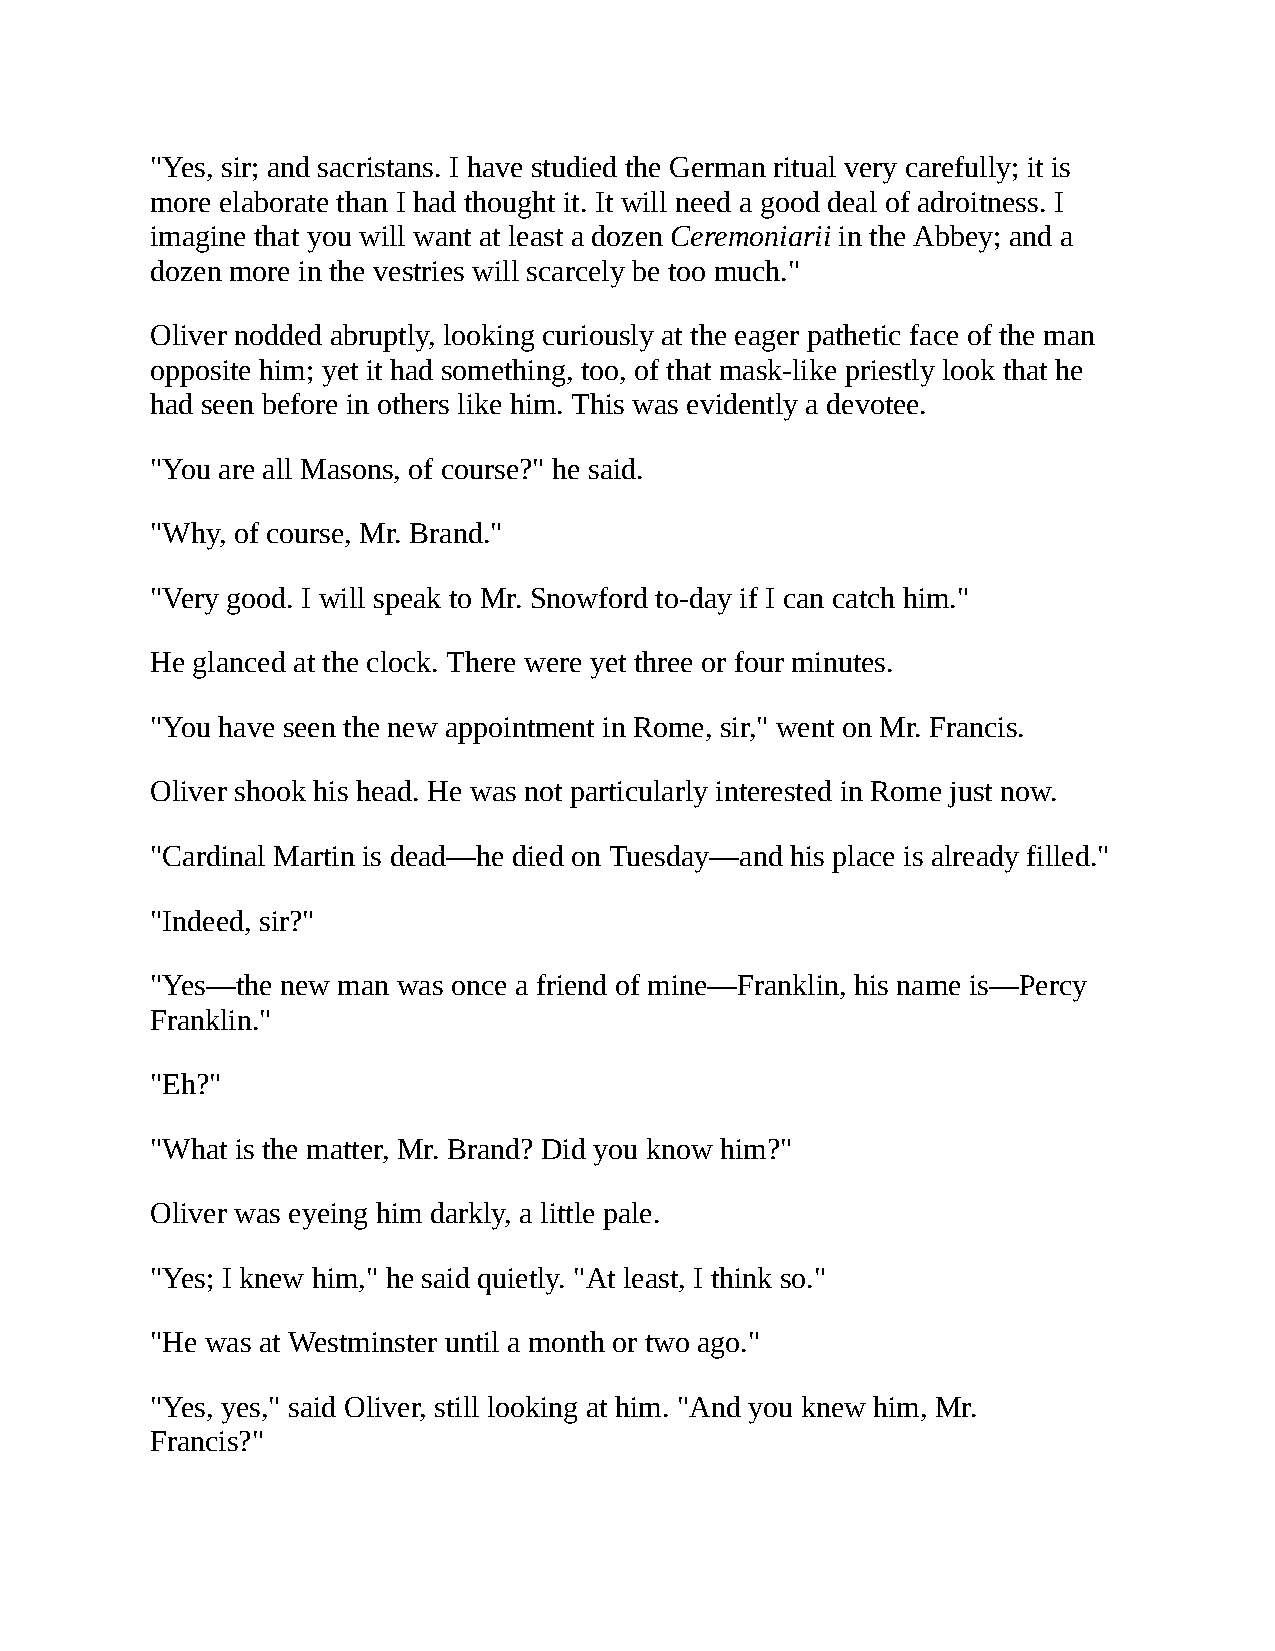
"Yes, sir; and sacristans. I have studied the German ritual very carefully; it is
 more elaborate than I had thought it. It will need a good deal of adroitness. I
 imagine that you will want at least a dozen Ceremoniarii in the Abbey; and a
 dozen more in the vestries will scarcely be too much."
 Oliver nodded abruptly, looking curiously at the eager pathetic face of the man
 opposite him; yet it had something, too, of that mask-like priestly look that he
 had seen before in others like him. This was evidently a devotee.
 "You are all Masons, of course?" he said.
 "Why, of course, Mr. Brand."
 "Very good. I will speak to Mr. Snowford to-day if I can catch him."
 He glanced at the clock. There were yet three or four minutes.
 "You have seen the new appointment in Rome, sir," went on Mr. Francis.
 Oliver shook his head. He was not particularly interested in Rome just now.
 "Cardinal Martin is dead—he died on Tuesday—and his place is already filled."
 "Indeed, sir?"
 "Yes—the new man was once a friend of mine—Franklin, his name is—Percy
 Franklin."
 "Eh?"
 "What is the matter, Mr. Brand? Did you know him?"
 Oliver was eyeing him darkly, a little pale.
 "Yes; I knew him," he said quietly. "At least, I think so."
 "He was at Westminster until a month or two ago."
 "Yes, yes," said Oliver, still looking at him. "And you knew him, Mr.
 Francis?"